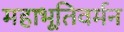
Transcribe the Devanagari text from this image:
महाभूतिवर्मन